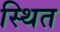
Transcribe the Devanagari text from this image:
स्थित